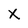
Character: X